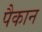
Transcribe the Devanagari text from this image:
पैकान